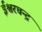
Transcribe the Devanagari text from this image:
ईश्वरचन्द्र